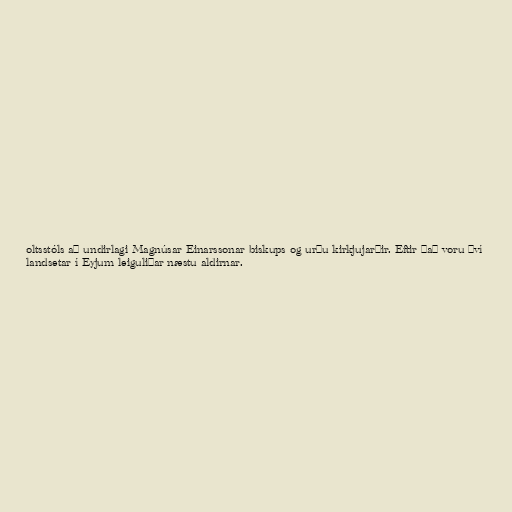
oltsstóls að undirlagi Magnúsar Einarssonar biskups og urðu kirkjujarðir. Eftir það voru því
landsetar í Eyjum leiguliðar næstu aldirnar.